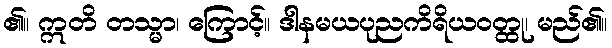
၏။ ဣတိ တသ္မာ၊ ကြောင့်။ ဒါနမယပုညကိရိယဝတ္ထု၊ မည်၏။